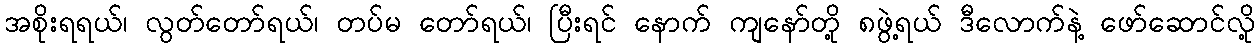
အစိုးရရယ်၊ လွတ်တော်ရယ်၊ တပ်မ တော်ရယ်၊ ပြီးရင် နောက် ကျနော်တို့ ၈ဖွဲ့ရယ် ဒီလောက်နဲ့ ဖော်ဆောင်လို့